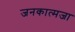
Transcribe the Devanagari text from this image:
जनकात्मजा